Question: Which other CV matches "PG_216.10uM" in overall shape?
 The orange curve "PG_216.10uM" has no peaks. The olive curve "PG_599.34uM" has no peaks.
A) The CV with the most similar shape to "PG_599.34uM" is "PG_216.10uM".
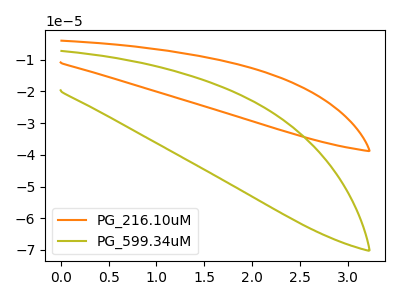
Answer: <think>Neither "PG_216.10uM" or "PG_599.34uM" have any peaks.
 </think>
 <answer>A) The CV with the most similar shape to "PG_599.34uM" is "PG_216.10uM".</answer>
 <eval>A</eval>